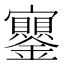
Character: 𡬔